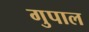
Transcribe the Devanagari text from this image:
गुपाल